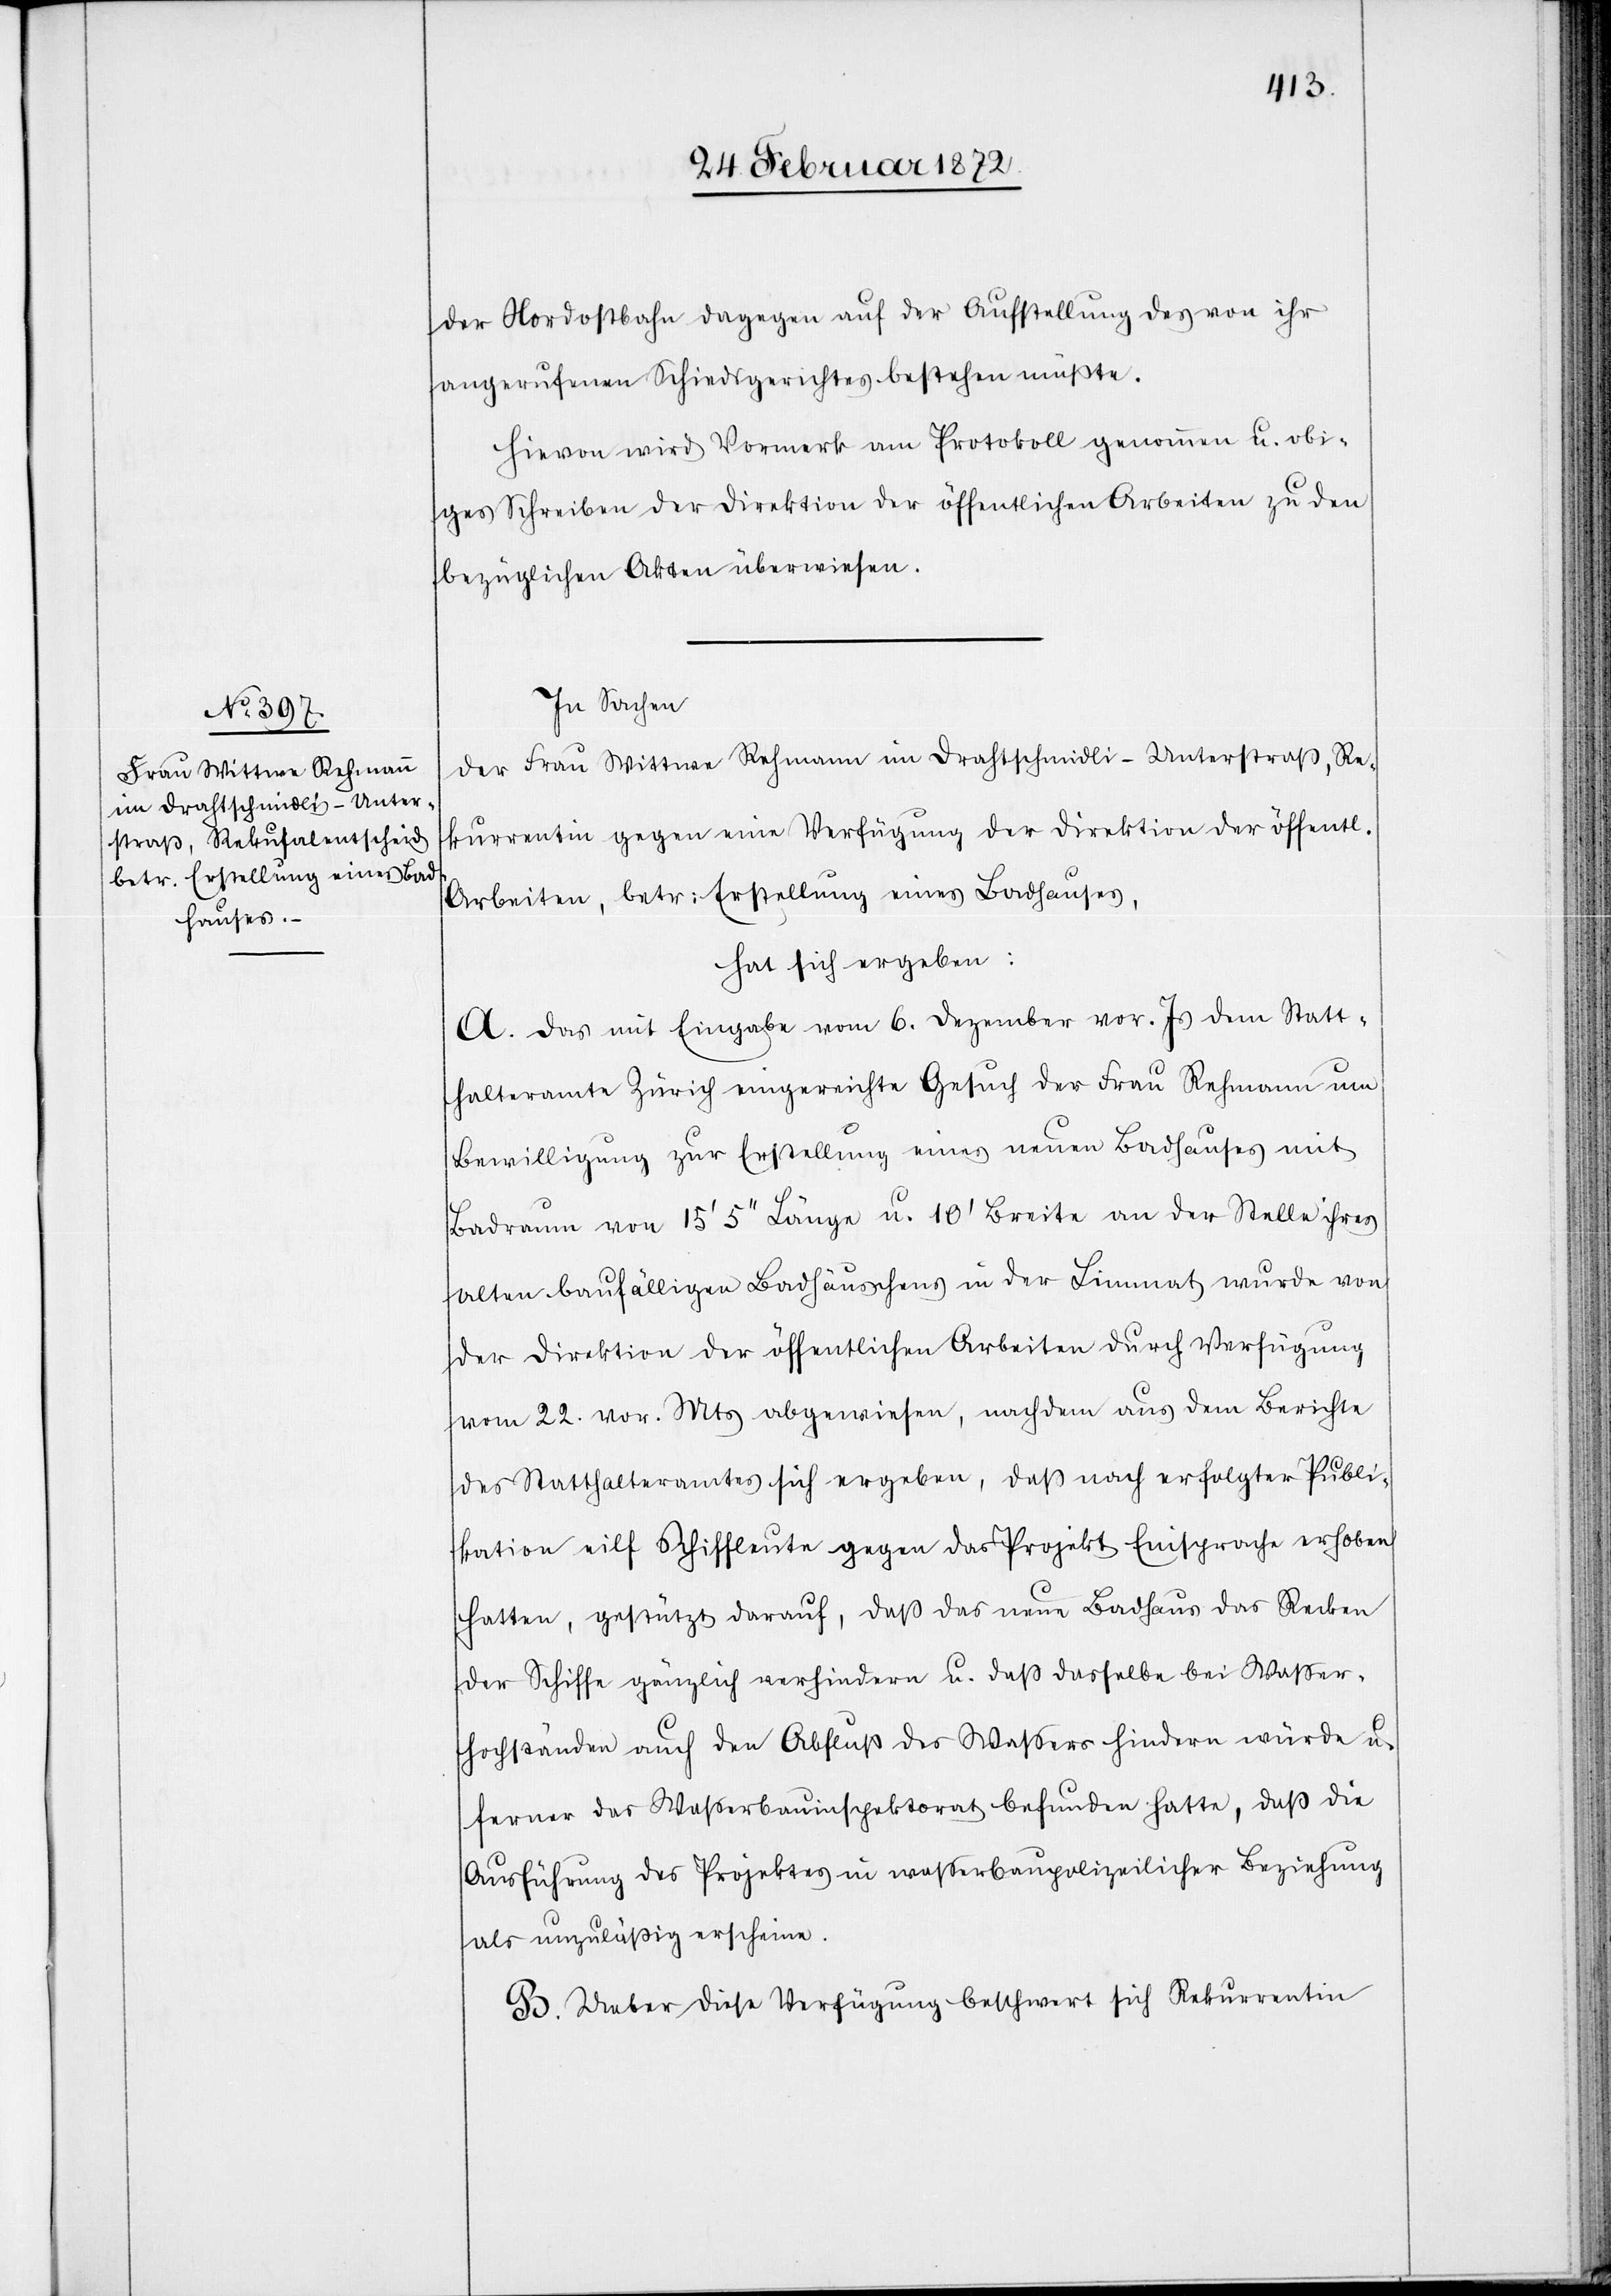
der Nordostbahn dagegen auf der Aufstellung des von ihr
angerufenen Schiedsgerichtes bestehen müßte.
Hiervon wird Vormerk am Protokoll genommen u. obi¬
ges Schreiben der Direktion der öffentlichen Arbeiten zu den
bezüglichen Akten überwiesen.
In Sachen
der Frau Wittwe Rehmann im Drahtschmidli-Unterstraß, Re¬
kurrentin gegen eine Verfügung der Direktion der öffentlichen
Arbeiten, betr. Erstellung eines Badhauses,
hat sich ergeben:
A. Das mit Eingabe vom 6. Dezember vor. Js. dem Statt¬
halteramt Zürich eingereichte Gesuch der Frau Rehmann um
Bewilligung zur Erstellung eines neuen Badhauses mit
Badraum von 15’5’’ Länge u. 10’ Breite an der Stelle ihres
alten baufälligen Badhäuschens in der Limmat wurde von
der Direktion der öffentlichen Arbeiten durch Verfügung
vom 22. vor. Mts abgewiesen, nachdem auf dem Berichte
des Statthalteramtes sich ergeben, daß nach erfolgter Publi¬
kation eilf [sic!] Schiffleute gegen das Projekt Einsprache erhoben
hatten, gestützt darauf, daß das neue Badhaus das Recken
der Schiffe gänzlich verhindern u. daß dasselbe bei Wasser¬
hochständen auch den Abfluß des Wassers hindern würde u.
ferner das Wasserbauinspektorat befunden hatte, daß die
Ausführung des Projektes in wasserbaupolizeilicher Beziehung
als unzuläßig erscheine.
B. Ueber diese Verfügung beschwert sich Rekurrentin